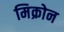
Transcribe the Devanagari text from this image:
मिक्रोन